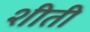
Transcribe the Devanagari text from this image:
शीती